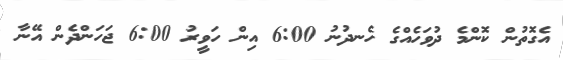
އެގޮތުން ކޮންމެ ދުވަހެއްގެ ހެނދުނު 6:00 އިން ހަވީރު 6:00 ޖަހަންދެން އޭނާ